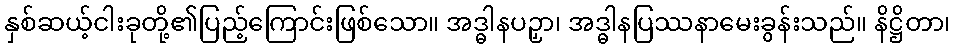
နှစ်ဆယ့်ငါးခုတို့၏ပြည့်ကြောင်းဖြစ်သော။ အဒ္ဓါနပဉှာ၊ အဒ္ဓါနပြဿနာမေးခွန်းသည်။ နိဋ္ဌိတာ၊